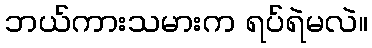
ဘယ်ကားသမားက ရပ်ရဲမလဲ။